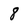
Character: 8